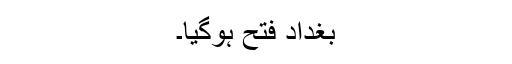
بغداد فتح ہوگیا۔